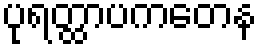
ပုရတ္ထာပကတေန